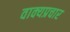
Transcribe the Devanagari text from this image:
वाक्यप्रचार